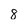
Character: 8